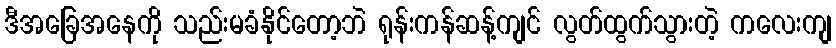
ဒီအခြေအနေကို သည်းမခံနိုင်တော့ဘဲ ရုန်းကန်ဆန့်ကျင် လွတ်ထွက်သွားတဲ့ ကလေးကျ